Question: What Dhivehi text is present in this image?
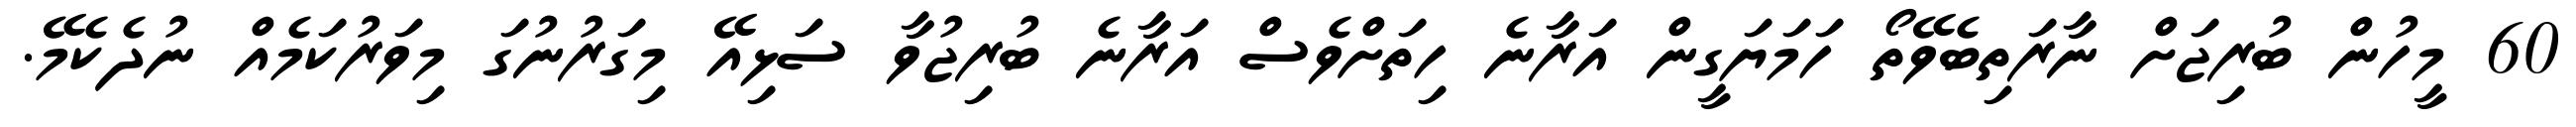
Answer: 60 މީހުން ބުރިޖަށް ނާރަތިބެވޭތޯ ހަމަޔަގީން އަރާނެ ހިތަށްވެސް އަރާނެ ބުރިޖުވާ ސަޅިއޭ މިގަރުނުގަ މިވަރުކަމެއް ނުދެކެމޭ.